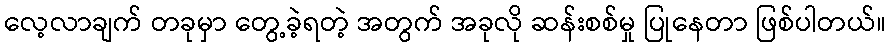
လေ့လာချက် တခုမှာ တွေ့ခဲ့ရတဲ့ အတွက် အခုလို ဆန်းစစ်မှု ပြုနေတာ ဖြစ်ပါတယ်။